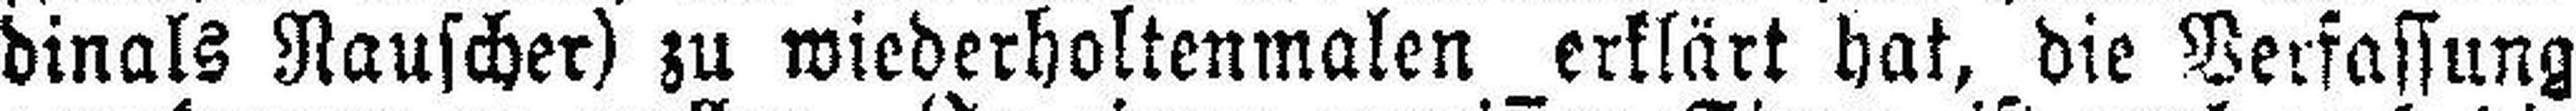
dinals Rauscher) zu wiederholtenmalen erklärt hat, die Verfassung